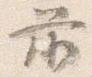
前